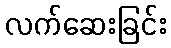
လက်ဆေးခြင်း